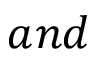
a n d